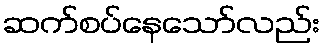
ဆက်စပ်နေသော်လည်း